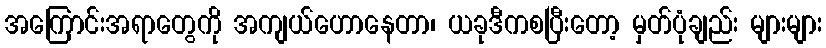
အကြောင်းအရာတွေကို အကျယ်ဟောနေတာ၊ ယခုဒီကစပြီးတော့ မှတ်ပုံချည်း များများ